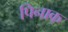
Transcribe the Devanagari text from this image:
पिनाक्